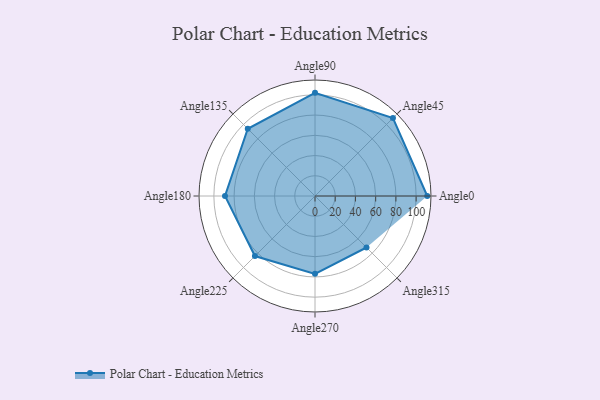
{"axis": {"x": "Angle", "y": "Radius"}, "legend": [""], "data": [{"x": "Angle0", "y": 111.0, "type": ""}, {"x": "Angle45", "y": 109.0, "type": ""}, {"x": "Angle90", "y": 102.0, "type": ""}, {"x": "Angle135", "y": 94.0, "type": ""}, {"x": "Angle180", "y": 89.0, "type": ""}, {"x": "Angle225", "y": 84.0, "type": ""}, {"x": "Angle270", "y": 77.0, "type": ""}, {"x": "Angle315", "y": 72.0, "type": ""}]}